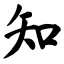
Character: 知